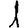
Digit: 1